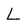
Character: L